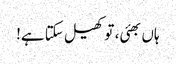
ہاں بھئی، تو کھیل سکتا ہے!